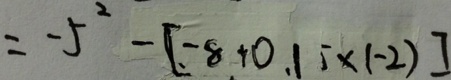
= - 5 ^ { 2 } - [ - 8 + 0 . 1 \times ( - 2 ) ]